Vaccination in Bombay 1924-1928 - 1924-1928
Year: 1924
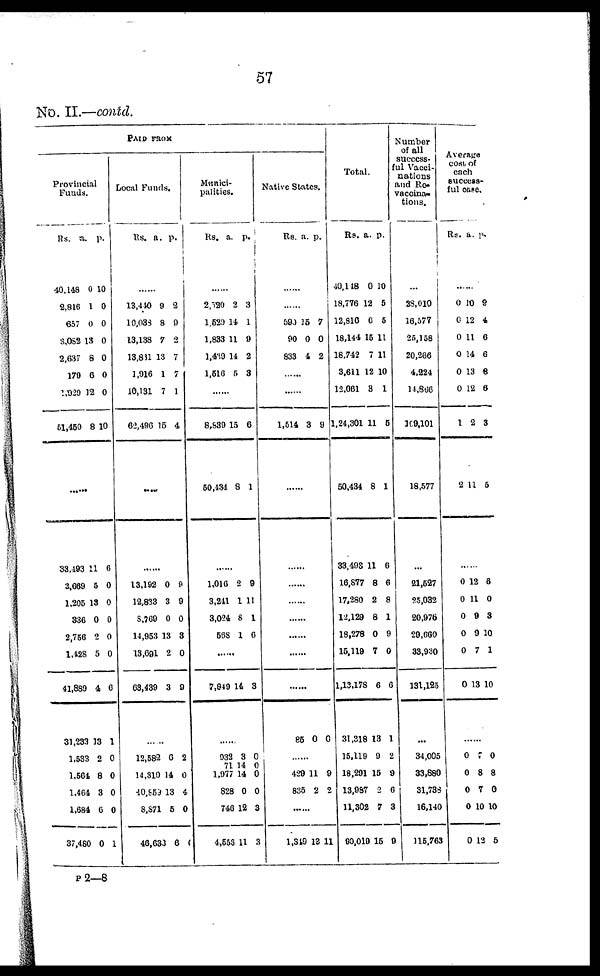
57
No. II.—contd.
PAID FROM
Provincial
Funds.
Rs.
40,148
2,816
657
3,082
2,637
179
1,929
51,450
a.
0
1
0
13
8
6
12
8
p.
10
0
0
0
0
0
0
10
33,493
2,669
1,205
336
2,756
1,428
41,889
31,233
1,533
1,564
1,464
1,684
37,480
11
5
13
0
2
5
4
13
2
8
3
6
0
6
0
0
0
0
0
6
1
0
0
0
0
1
Local Funds.
Rs.
a. p.
......
13,440
10,038
13,138
13,831
1,916
10,131
62,496
9
8
7
13
1
7
15
2
9
2
7
7
1
4
.....
......
13,192
12,833
8,769
14,953
13,691
63,439
0
3
0
13
2
3
9
9
0
3
0
9
......
12,582
14,319
10,859
8,871
46,633
6
14
13
5
6
2
0
4
0
0
Munici-
palities.
Rs.
a.
p.
......
2,520
1,529
1,833
1,439
1,516
2
14
11
14
5
3
1
9
2
3
......
8,839
50,434
15
8
6
1
......
1,016
3,241
3,024
568
2
1
8
1
9
11
1
6
......
7,849 14 3
......
932
1,977
828
746
4,556
3
14
0
12
11
0
0
0
3
3
Native States.
Rs. a. p.
......
......
590
90
833
15
0
4
7
0
2
......
......
1,514 3 9
......
......
......
......
......
......
......
......
85 0 0
......
429
836
11
2
9
2
......
1,349 13 11
Total.
Rs.
40,148
18,776
12,816
18,144
18,742
3,611
12,061
1,24,301
50,434
33,498
16,877
17,280
12,129
18,278
15,119
1,13,178
31,318
15,119
18,291
13,987
11,302
90,019
a.
0
12
6
15
7
12
3
11
8
11
8
2
8
0
7
6
13
9
15
2
7
15
p.
0
5
5
11
11
10
1
5
1
6
6
8
1
9
0
6
1
2
9
6
3
9
Number
of all
success-
ful Vacci-
nations
and Re-
vaccina¬
tions.
...
28,010
16,577
25,158
20,266
4,224
14,866
109,101
18,577
...
21,527
25,032
20,976
29,660
33,930
131,125
...
34,005
33,880
31,738
16,140
115,763
Average
cost of
each
success-
ful case
Rs. a. p.
......
0
0
0
0
0
0
1
2
10
12
11
14
13
12
2
11
9
4
6
6
6
6
3
5
......
0
0
0
0
0
0
12
11
9
9
7
13
6
0
3
10
1
10
......
0
0
0
0
0
7
8
7
10
12
0
8
0
10
5
P 2—8